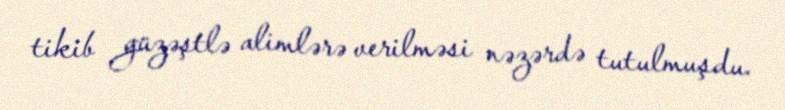
tikib güzəştlə alimlərə verilməsi nəzərdə tutulmuşdu.